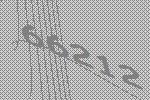
66212